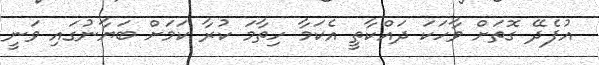
އުފެދޭ ގޮތަށް ވާހަކަ ދައްކާތީ އެކަމާ ހިތާމަ ކުރާ ކަމަށް ބަޔާނުގައި ވަނީ